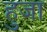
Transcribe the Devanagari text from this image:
हुजा